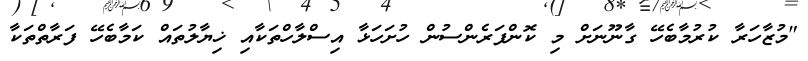
"މުޒާހަރާ ކުރުމާބެހޭ ގާނޫނަށް މި ކޮންފަރެންސުން ހުށަހަޅާ އިސްލާހްތަކާއި ޚިޔާލުތައް ކަމާބެހޭ ފަރާތްތަކާ